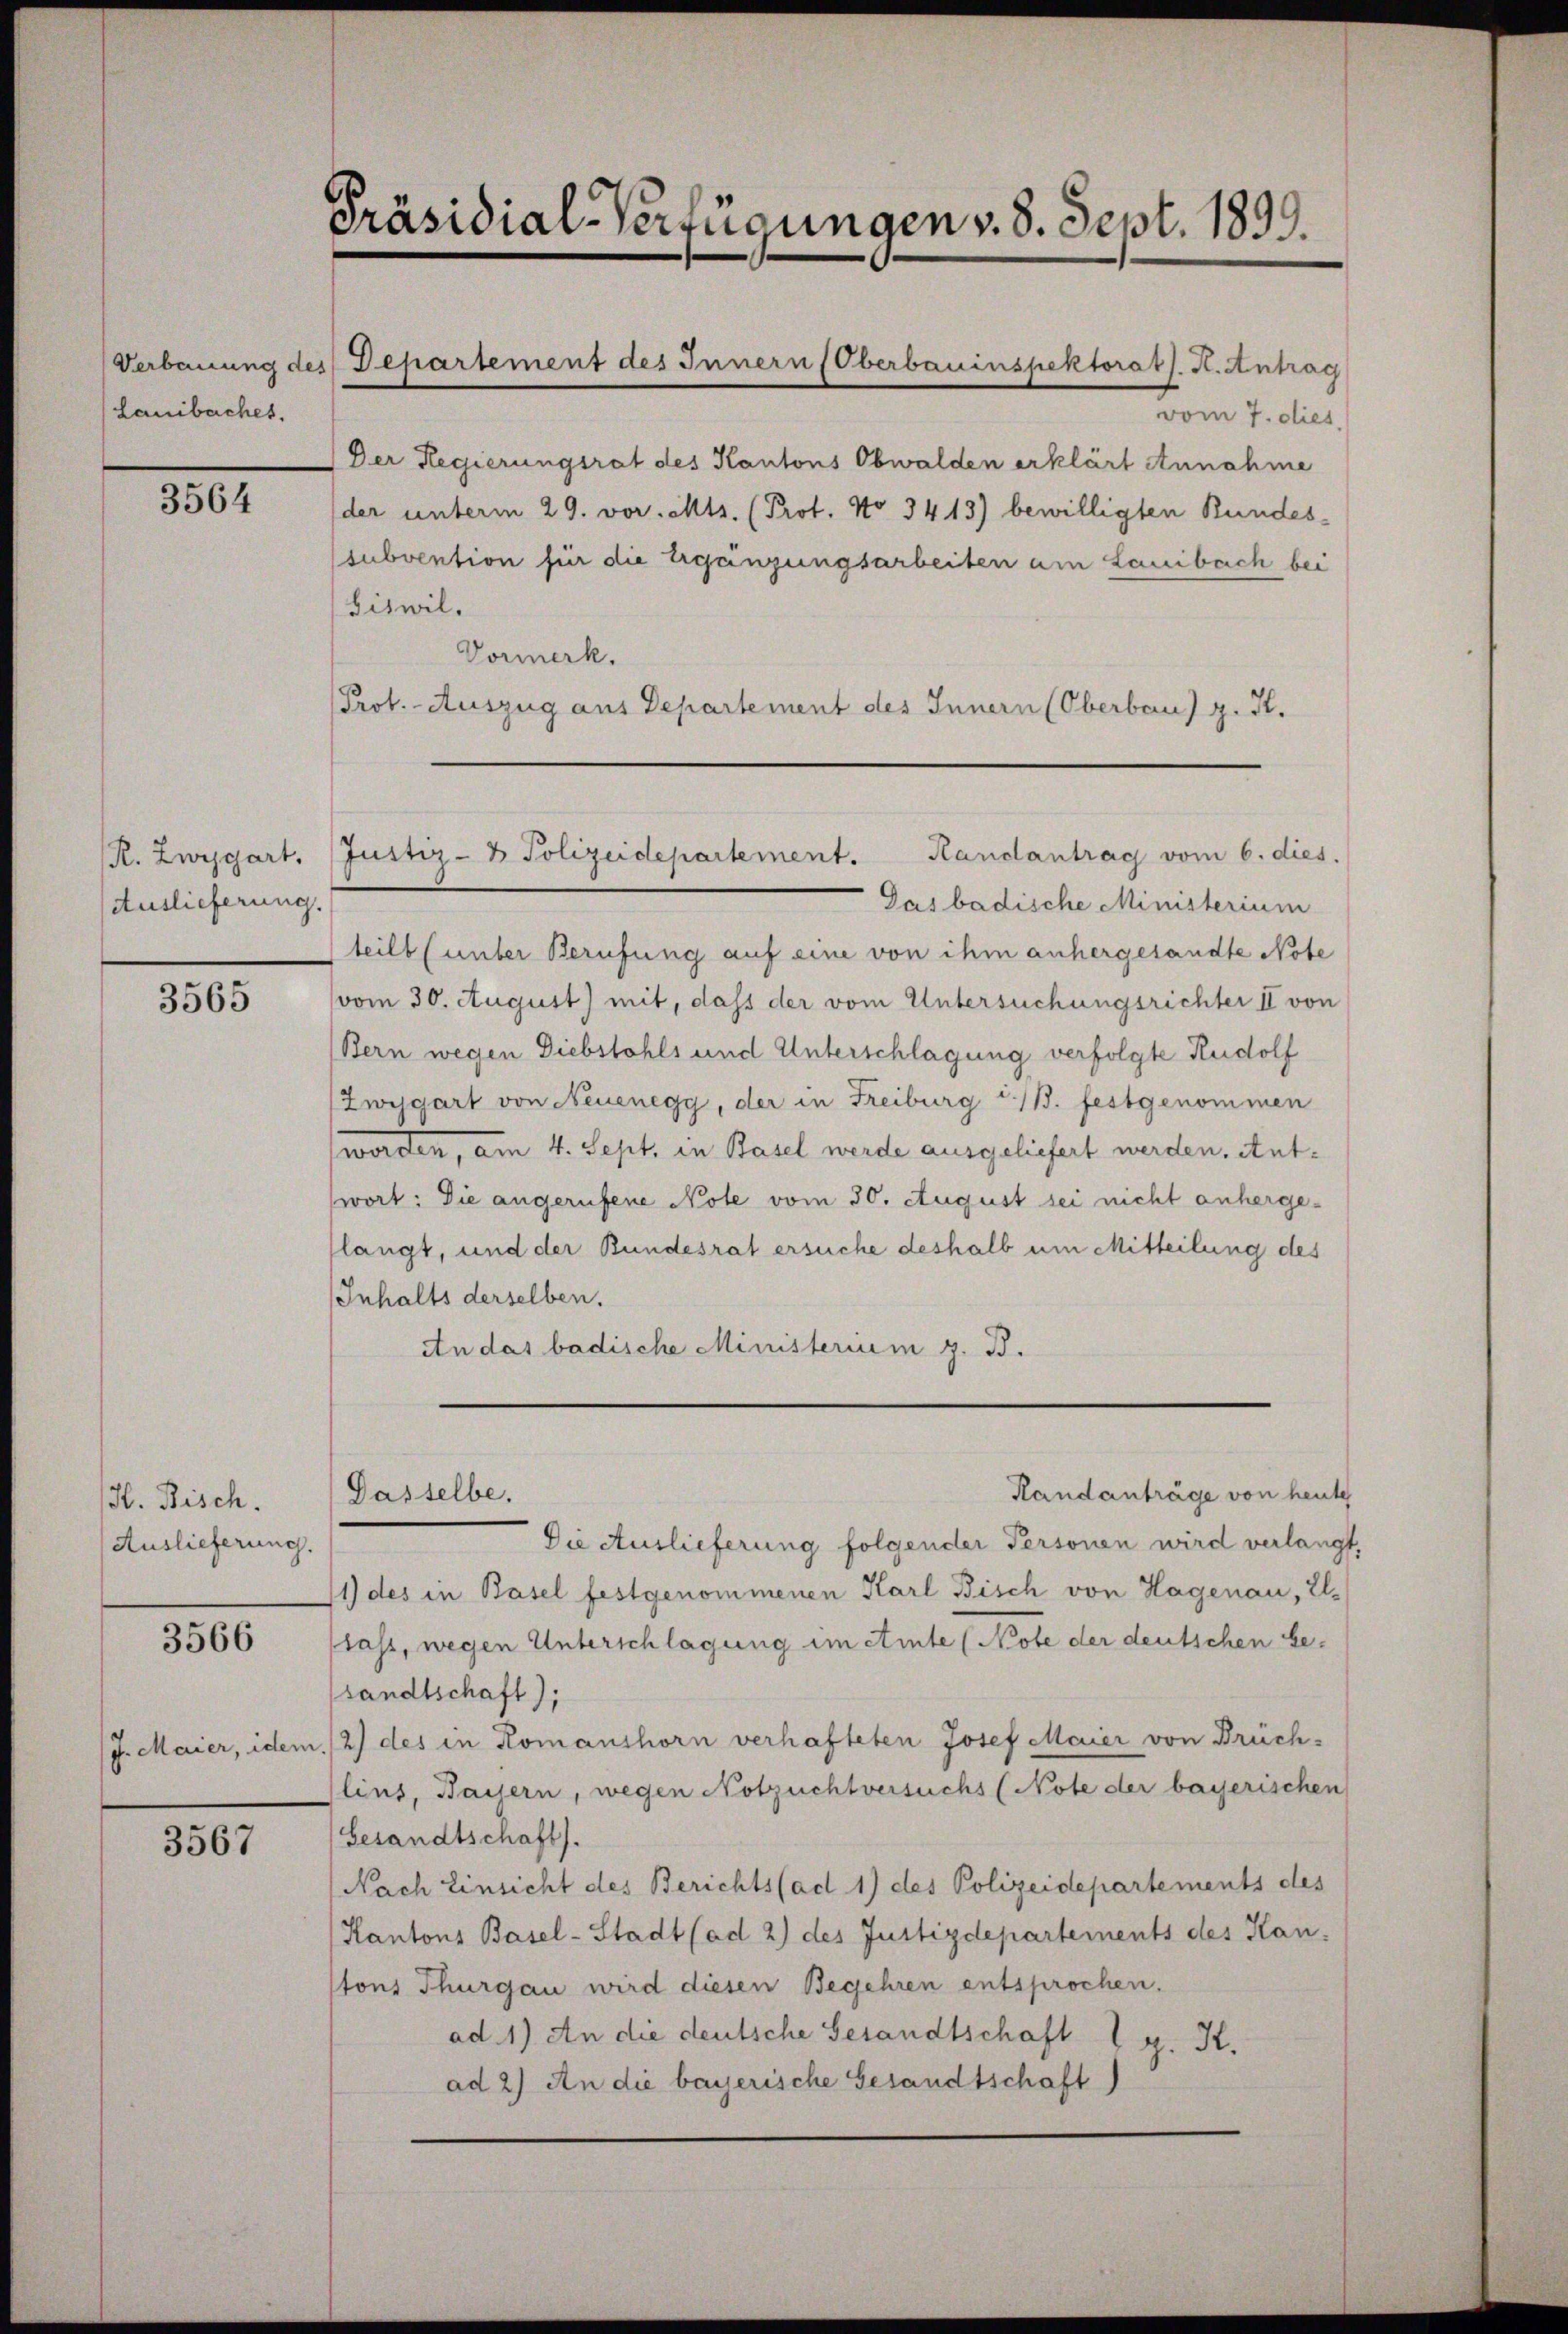
Lauibaches.

3564

R. Zwygart,
Auslieferung.

3565

H. Bisch.
Auslieferung.

3566

3567

Präsidial-Verfügungen v. 8. Sept. 1899.

Verbauung des Departement des Innern (Oberbauinspektorats. K. Antrag

Dasselbe.

vom 7. dies,
Der Regierungsrat des Kantons Obwalden erklärt Annahme
der unterm 29. vor. Mts. (Prot. No 3413) bewilligten Bundessubvention für die Ergängungsarbeiten am Lauibach bei
Giswil,
Vormerk.
Prof. Auszug aus Departement des Innern (Oberbau) z. K.

Gas badische Ministerium
teilt (unter Berufung auf eine von ihm anhergesandte Note
vom 30. August) mit, dass der vom Untersuchungsrichter II von
Bern wegen Diebstahls und Unterschlagung verfolgte Rudolf
Zwygart von Neuenegg, der in Freiburg i./B. festgenommen
worden, am 4. Sept. in Basel werde ausgeliefert werden, entwort: Die angerufene Note vom 30. August sei nicht anhergeslangt, und der Bundesrat ersuche deshalb um Mitteilung des
Inhalts derselben.
An das badische Ministerium z. B.

Justiz- & Polizeidepartement. Handantrag vom 6. dies.

Randanträge von heute
Die Auslieferung folgender Personen wird verlangt,
1) des in Basel festgenommenen Karl Bisch von Hagenau, Ilflass, wegen Unterschlagung im Amte (Note der deutschen be-
sandtschaft);
J. Maier, idem /2) des in Romanshorn verhafteten Josef Maier von Brüchlius, Baisern, wegen Notzuchtversuchs (Note der bayerischen
Gesandtschaft).
Nach Einsicht des Berichts (ad 1) des Polizeidepartements des
Kantons Basel-Stadt (ad 2) des Justizdepartements des Han
stons Thurgau wird diesen Begehren entsprochen.
ad.1) An die deutsche Gesandtschaft
. H.
ad 2) An die bayerische Gesandtschaft